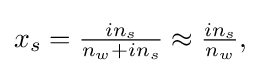
{\textstyle x_{s}={\frac {in_{s}}{n_{w}+in_{s}}}\approx {\frac {in_{s}}{n_{w}}},}